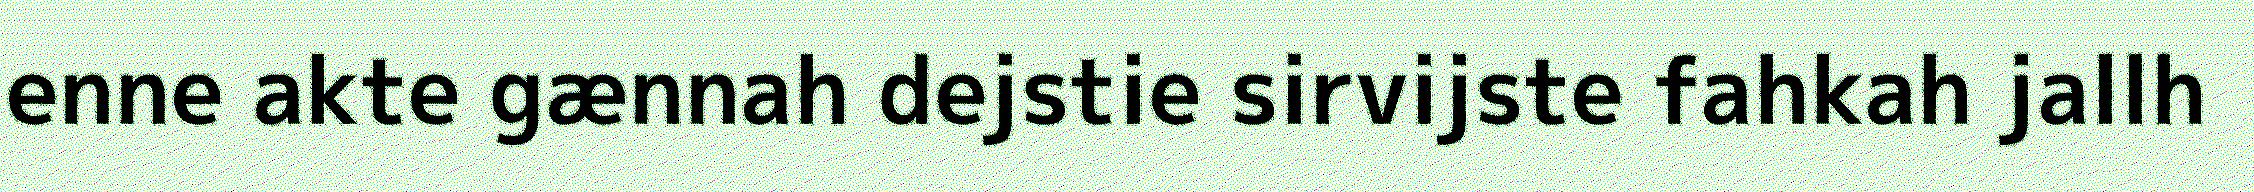
enne akte gænnah dejstie sirvijste fahkah jallh